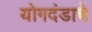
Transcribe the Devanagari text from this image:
योगदंडाचे